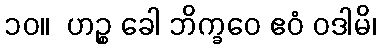
၁၀။  ဟဉ္စ ခေါ ဘိက္ခဝေ ဧဝံ ဝဒါမိ၊